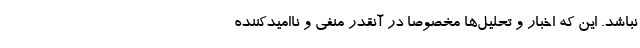
نباشد. این که اخبار و تحلیل‌ها مخصوصا در آنقدر منفی و ناامیدکننده